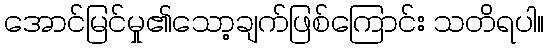
အောင်မြင်မှု၏သော့ချက်ဖြစ်ကြောင်း သတိရပါ။